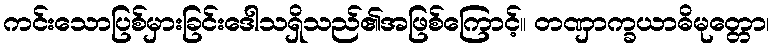
ကင်းသောပြစ်မှားခြင်းဒေါသရှိသည်၏အဖြစ်ကြောင့်။ တဏှာက္ခယာဓိမုတ္တော၊